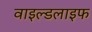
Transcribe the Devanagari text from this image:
वाइल्‍डलाइफ